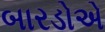
બારડોએ